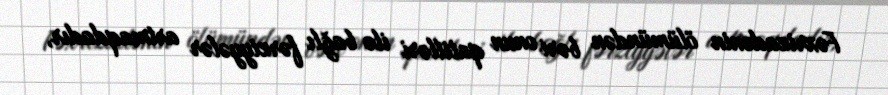
Fəxrizadənin ölümündən bəri onun qatilləri ilə bağlı fərziyyələr artmaqdadır,